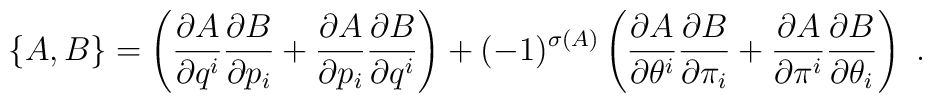
\left\{A,B\right\} = \left(\frac{\partial A}{\partial q^{i}}\frac{\partial B}{\partial p_{i}} + \frac{\partial A}{\partial p_{i}}\frac{\partial B}{\partial q^{i}}\right)+ (-1)^{\sigma(A)}\left(\frac{\partial A}{\partial \theta^{i}}\frac{\partial B}{\partial \pi_{i}}+ \frac{\partial A}{\partial\pi^{i}}	\frac{\partial B}{\partial\theta_{i}}\right)\ .